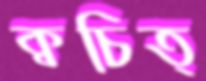
ক্বচিত্